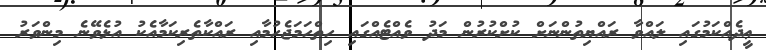
ޢީދެއްކަމުގައި ލައްވާ ރައްޔިތުންނަށް ކުށްކުރުން މަދު ވެއްޓެއްގައި ހިތްހަމަޖެހުމާއި ރައްކާތެރިކަމާއެކު އުޅެވޭނެ މިންވަރު